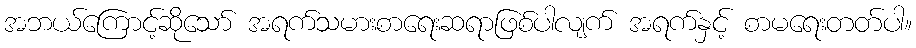
အဘယ်ကြောင့်ဆိုသော် အရက်သမားစာရေးဆရာဖြစ်ပါလျက် အရက်နှင့် စာမရေးတတ်ပါ။